Indian Civil Veterinary Department memoirs
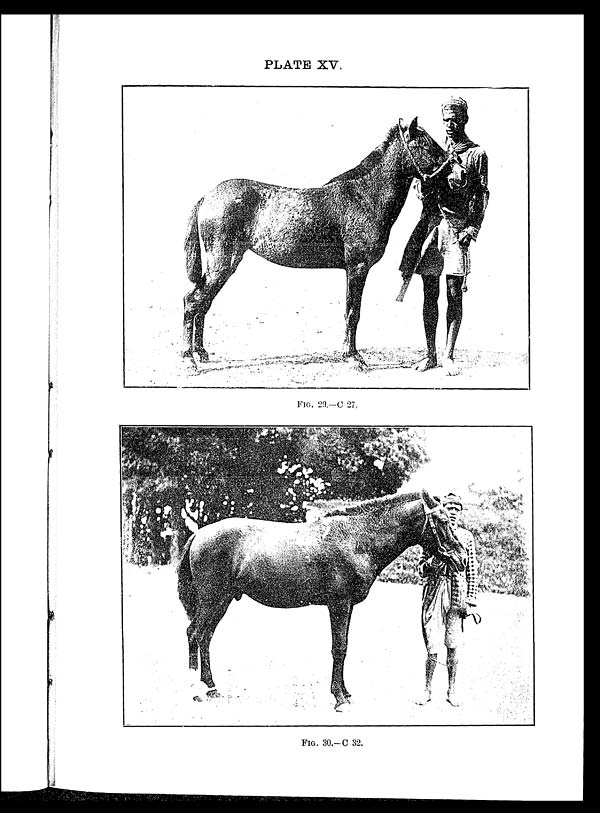
PLATE XV.
FIG. 29.—C 27.
FIG. 30.—C 32.